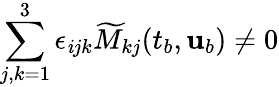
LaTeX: \sum_{j,k=1}^{3}\epsilon_{\mathit{i}jk}\widetilde{{M}}_{kj}(t_{b},{\mathbf{{u}}}_{b})\neq0